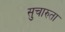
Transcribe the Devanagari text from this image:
सुचारुता